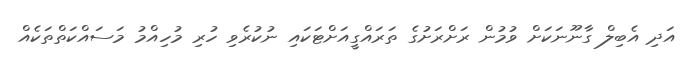
އަދި އެބިލް ގާނޫނަކަށް ވުމުން ރަށްރަށުގެ ތަރައްގީއަށްޓަކައި ނުކުރެވި ހުރި މުހިއްމު މަސައްކަތްތަކެއް